Language: tamil
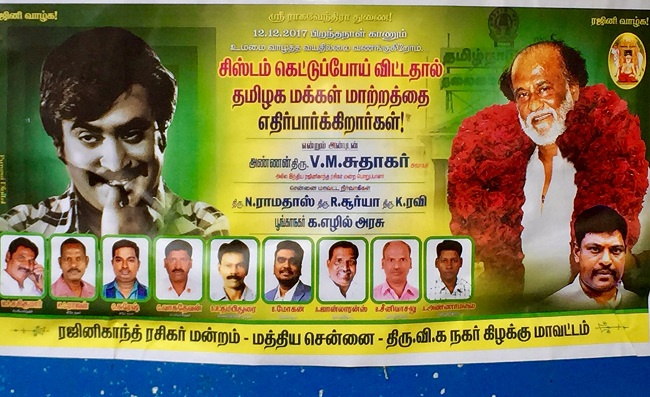
Transcription: துணை பிறந்தநாள் காணும் வாழ்த்த வயதில்லை வணங்குகிறோம் பாட்டம் திரு வாழ்க வாழ்க ராகவேந்திரா உம்மை சிஸ்டம் மக்கள் மாற்றத்தை அண்ணன் சுதாகா் ராமதாஸ் சூா்யா ரவி அரசு ரஜினிகாந்த் ரசிகா் மன்றம் நகர் கிழக்கு மாவட்டம் திரு வி க க சென்னை மத்திய கெட்டுப்போய் எதிா்பாா்க்கிறாா்கள் திரு ரஜினி விட்டதால் திரு எழில் தமிழக